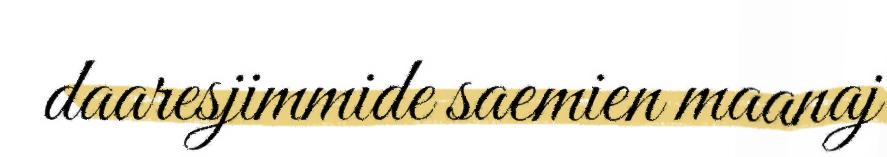
daaresjimmide saemien maanaj